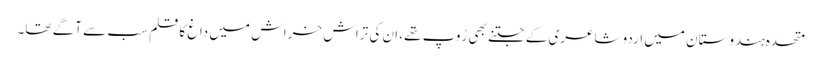
متحدہ ہندوستان میں اردو شاعری کے جتنے بھی رُوپ تھے، ان کی تراش خراش میں داغ کا قلم سب سے آگے تھا۔